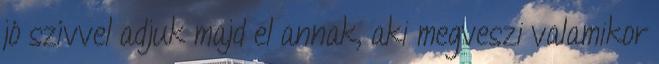
jó szívvel adjuk majd el annak, aki megveszi valamikor